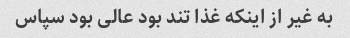
به غیر از اینکه غذا تند بود عالی بود سپاس